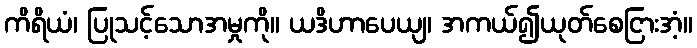
ကိရိယံ၊ ပြုသင့်သောအမှုကို။ ယဒိဟာပေယျ၊ အကယ်၍ယုတ်စေငြားအံ့။